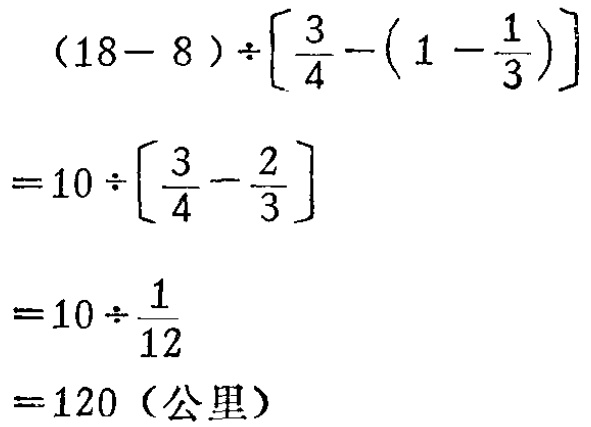
\[

\begin{align*}

&(18 - 8)\div\left[\frac{3}{4}-\left(1-\frac{1}{3}\right)\right]\\

=&10\div\left[\frac{3}{4}-\frac{2}{3}\right]\\

=&10\div\frac{1}{12}\\

=&120 (\text{公里})

\end{align*}

\]